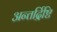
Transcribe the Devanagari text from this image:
अन्तर्द्रिष्टि